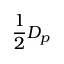
\frac { 1 } { 2 } D _ { p }